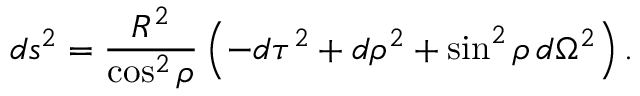
d s ^ { 2 } = \frac { R ^ { 2 } } { \cos ^ { 2 } { \rho } } \left( - d \tau ^ { 2 } + d \rho ^ { 2 } + \sin ^ { 2 } { \rho } \, d \Omega ^ { 2 } \right) .